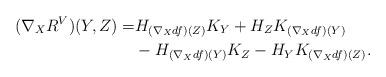
LaTeX: \begin{align*}(\nabla_X R^V)(Y,Z)=&H_{(\nabla_X df)(Z)}K_Y+H_ZK_{(\nabla_X df)(Y)}\\&-H_{(\nabla_X df)(Y)}K_Z-H_YK_{(\nabla_X df)(Z)}.\end{align*}